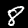
Label: 8